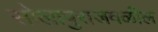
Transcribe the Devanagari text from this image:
सोलापुराजवळील